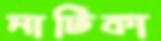
নাটিকা